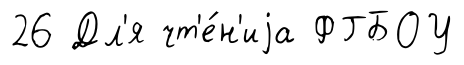
26 Дл'я чт'е́н'иjа ФГБОУ